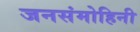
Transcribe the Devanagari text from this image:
जनसंमोहिनी